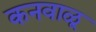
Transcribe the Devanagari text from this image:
कनवाळू